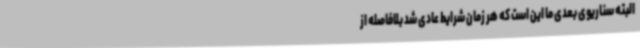
البته سناریوی بعدی ما این است که هر زمان شرایط عادی شد بلافاصله از